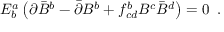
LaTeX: E _ { b } ^ { a } \left( \partial \bar { B } ^ { b } - \bar { \partial } B ^ { b } + f _ { c d } ^ { b } B ^ { c } \bar { B } ^ { d } \right) = 0 \, \, \, .